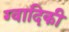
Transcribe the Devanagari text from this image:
ग्वादिकी